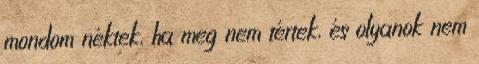
mondom néktek, ha meg nem tértek, és olyanok nem